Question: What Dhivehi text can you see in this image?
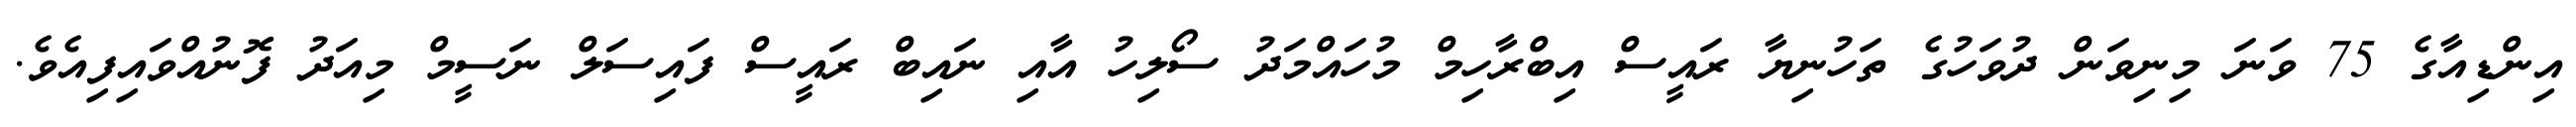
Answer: އިންޑިއާގެ 75 ވަނަ މިނިވަން ދުވަހުގެ ތަހުނިޔާ ރައީސް އިބްރާހިމް މުހައްމަދު ސޯލިހު އާއި ނައިބް ރައީސް ފައިސަލް ނަސީމް މިއަދު ފޮނުއްވައިފިއެވެ.